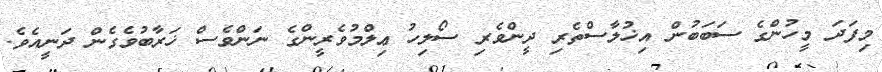
މިފަދަ މީހުންގެ ސަބަބުން އިޚުލާސްތެރި ދީންވެރި ސޯލިހު ޢިލްމުވެރީންގެ ނަންވެސް ޚަރާބުވެގެން ދަނީއެވެ.